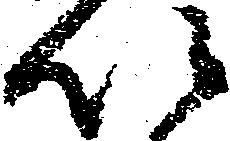
以